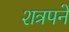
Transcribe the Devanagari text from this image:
शत्रपने